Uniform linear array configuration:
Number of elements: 4
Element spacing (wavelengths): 1
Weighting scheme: binomial
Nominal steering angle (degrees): -15
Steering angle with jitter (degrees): -16.309
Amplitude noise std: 0.05
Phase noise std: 0.05

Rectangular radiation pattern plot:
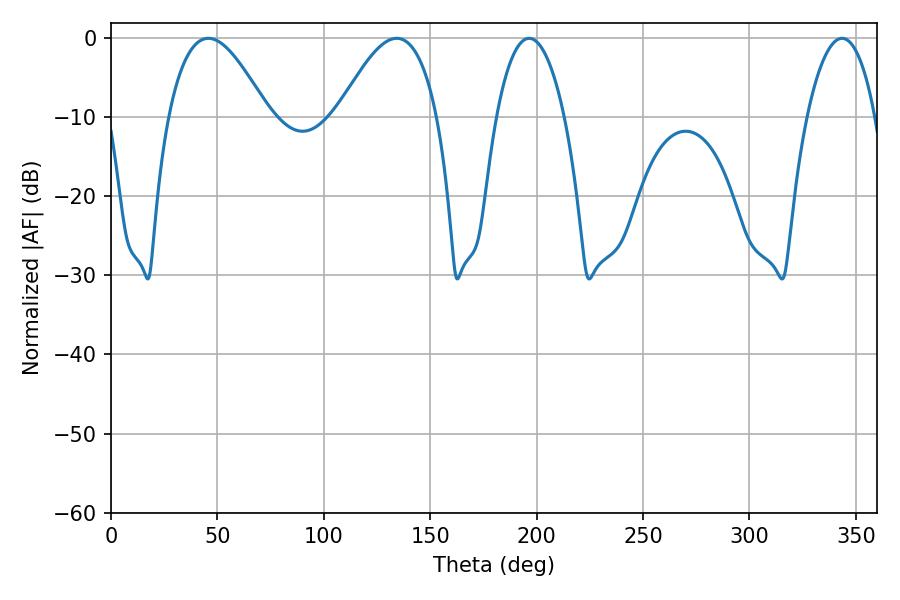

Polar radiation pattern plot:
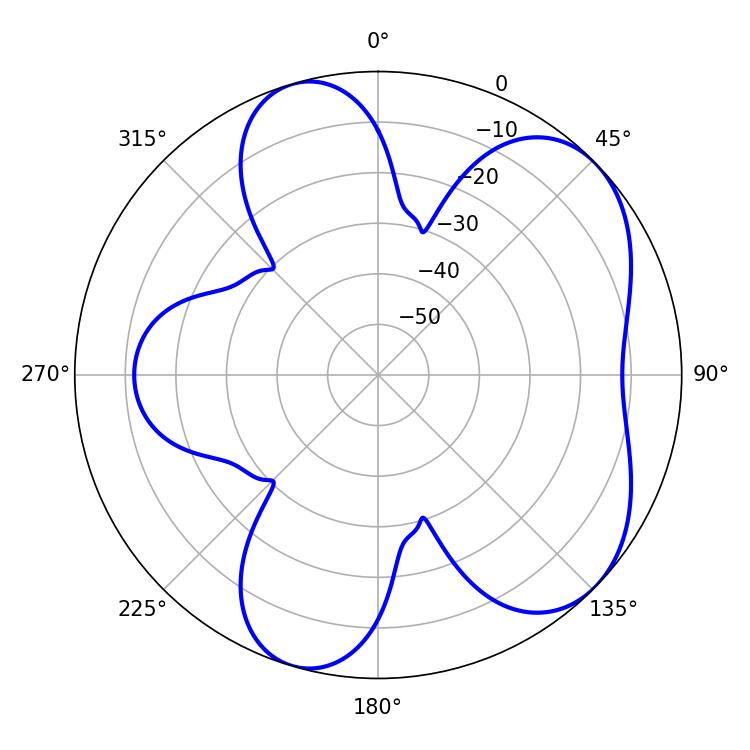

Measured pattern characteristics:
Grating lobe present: TRUE
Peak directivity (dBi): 5.878
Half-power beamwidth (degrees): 25.38
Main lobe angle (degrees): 45.72